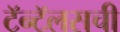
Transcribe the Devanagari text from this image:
टॅन्टॅलसची